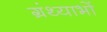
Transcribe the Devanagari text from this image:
ग्रंथ्याभों